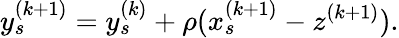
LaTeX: y_{s}^{(k+1)}=y_{s}^{(k)}+\rho(x_{s}^{(k+1)}-z^{(k+1)}).